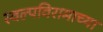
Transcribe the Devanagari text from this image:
स्वल्पविरामाच्या